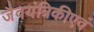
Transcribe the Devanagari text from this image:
जैवयंत्रिकीएवं